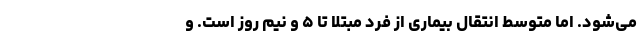
می‌شود. اما متوسط انتقال بیماری از فرد مبتلا تا ۵ و نیم روز است. و